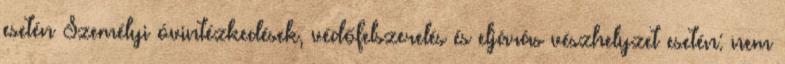
esetén Személyi óvintézkedések, védőfelszerelés és eljárás vészhelyzet esetén: nem